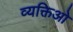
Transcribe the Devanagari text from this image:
व्यक्तिओ